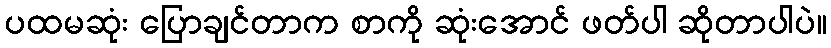
ပထမဆုံး ပြောချင်တာက စာကို ဆုံးအောင် ဖတ်ပါ ဆိုတာပါပဲ။